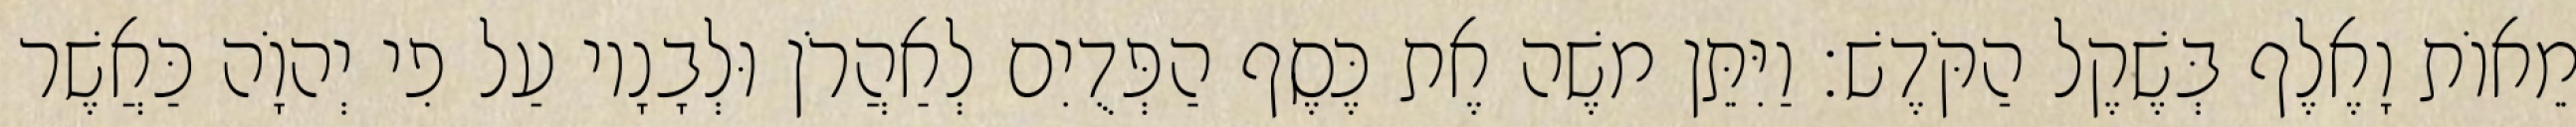
מֵאוֹת וָאֶלֶף בְּשֶׁקֶל הַקֹּדֶשׁ׃ וַיִּתֵּן משֶׁה אֶת כֶּסֶף הַפְּדֻיִם לְאַהֲרֹן וּלְבָנָיו עַל פִי יְהוָֹה כַּאֲשֶׁר